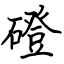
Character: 磴